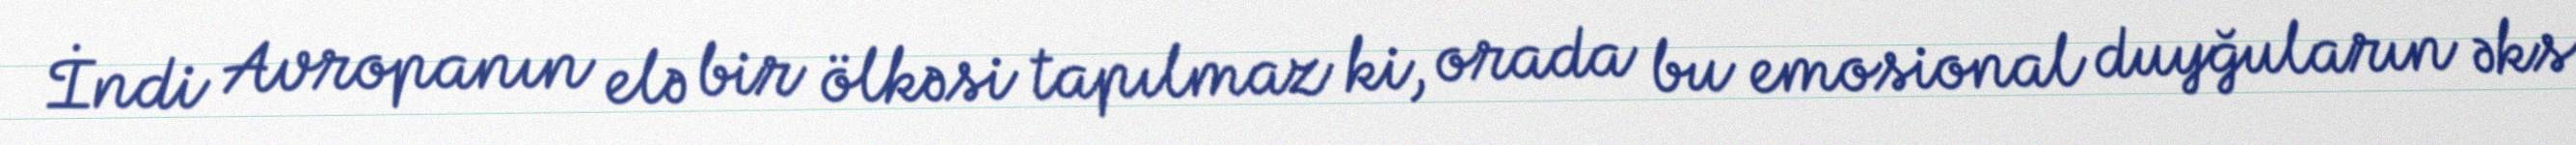
İndi Avropanın elə bir ölkəsi tapılmaz ki, orada bu emosional duyğuların əks